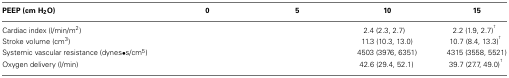
<table><thead><tr><td><b>PEEP (cm H<sub>2</sub>O)</b></td><td><b>0</b></td><td><b>5</b></td><td><b>10</b></td><td><b>15</b></td></tr></thead><tbody><tr><td>Cardiac index (l/min/m<sup>2</sup>)</td><td>[EMPTY_CELL]</td><td>[EMPTY_CELL]</td><td>2.4 (2.3, 2.7)</td><td>2.2 (1.9, 2.7)<sup>†</sup></td></tr><tr><td>Stroke volume (cm<sup>3</sup>)</td><td>[EMPTY_CELL]</td><td>[EMPTY_CELL]</td><td>11.3 (10.3, 13.0)</td><td>10.7 (8.4, 13.3)<sup>†</sup></td></tr><tr><td>Systemic vascular resistance (dynes∙s/cm<sup>5</sup>)</td><td>[EMPTY_CELL]</td><td>[EMPTY_CELL]</td><td>4503 (3976, 6351)</td><td>4315 (3558, 5521)</td></tr><tr><td>Oxygen delivery (l/min)</td><td>[EMPTY_CELL]</td><td>[EMPTY_CELL]</td><td>42.6 (29.4, 52.1) </td><td>39.7 (27.7, 49.0)<sup>†</sup> </td></tr></tbody></table>